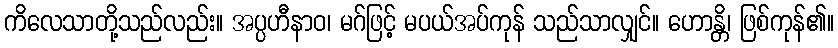
ကိလေသာတို့သည်လည်း။ အပ္ပဟီနာဝ၊ မဂ်ဖြင့် မပယ်အပ်ကုန် သည်သာလျှင်။ ဟောန္တိ၊ ဖြစ်ကုန်၏။